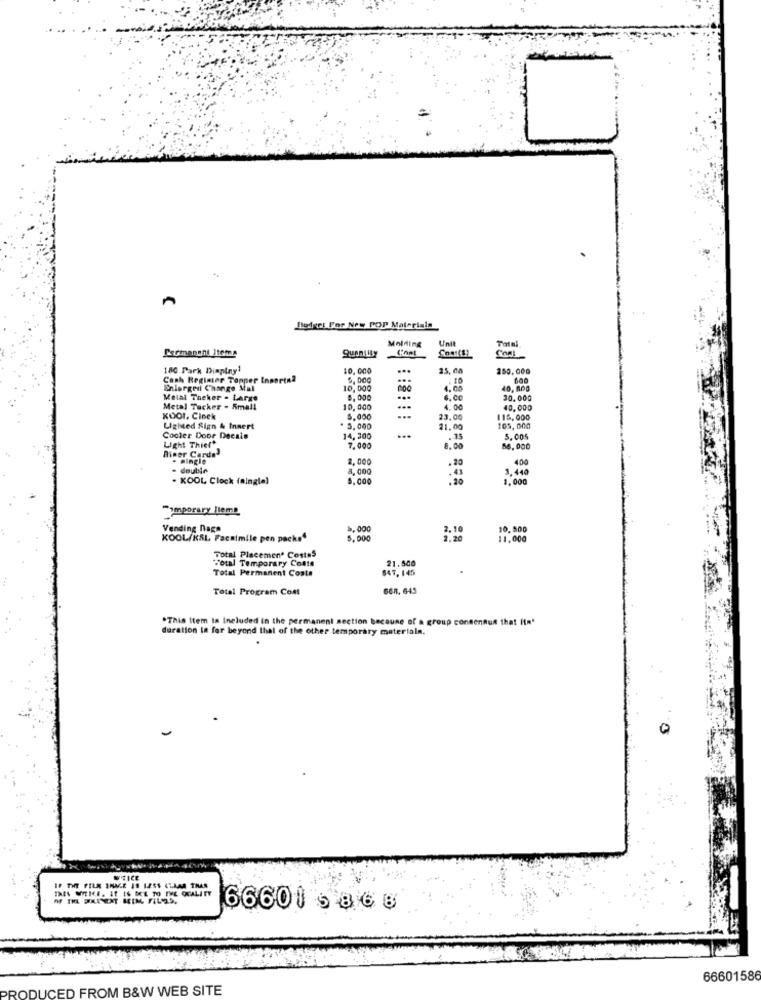
..
nodeet For New POP Materials
Molding
Unit
Permanent Items
180 Park Dinplny1
10.000
...
25. 00
250.000
Cash Register Topper Insert
5.000
...
Enlarged Change Mal
10,000
4.00
40, 000
Metal Theker . Large
0,000
30.000
Metal Tacker - Small
10, 000
4.00
40.000
KOOP. Cinek
5.000
23.00
116,000
Lighted Sign & Innert
. 5. 000
...
11.00
105,000
Cooler Door Decals
14,300
5.005
Light Thiel*
Rimer Cards3
7.000
8.00
86. 000
. mingle
2,000
.20
400
- double
8, 000
3, 440
. KOOL Clock (aingle)
.43
.20
1.000
Somporary llema
Vending naga
2.10
10.500
KOOL/KSL Facsimile pen packs"
5.000
11,000
Total Placemen' Costas
Total Temporary Coats
Total Permanent Costa
847, 145
21.500
.
Total Program Cost
668, 645
*This Item Is Included in the permanent section because of a group consensus that Itn'
duration la far beyond that of the other temporary materiala.
0
IF THE FILE INME IS LESS CLAAR THAN
66601 5 868
66601586
RODUCED FROM B&W WEB SITE